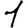
Digit: 1